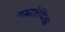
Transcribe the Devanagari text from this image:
पासारोवित्झ